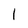
Character: 1